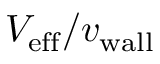
{ V _ { \mathrm { e f f } } } / { v _ { \mathrm { w a l l } } }